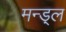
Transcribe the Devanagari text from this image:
मन्ड़्ल